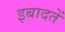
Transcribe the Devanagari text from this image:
इबादतें